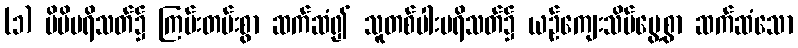
(၁) မိမိပရိသတ်၌ ကြမ်းတမ်းစွာ ဆက်ဆံ၍ သူတစ်ပါးပရိသတ်၌ ယဉ်ကျေးသိမ်မွေ့စွာ ဆက်ဆံသော